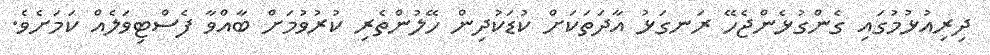
ދިރިއުޅުމުގައި ގެންގުޅެންޖެހޭ ރަނގަޅު އާދަތަކަށް ކުޑަކުދިން ހޭލުންތެރި ކުރުވުމަށް ބާއްވާ ފެސްޓިވަލެއް ކަމަށެވެ.